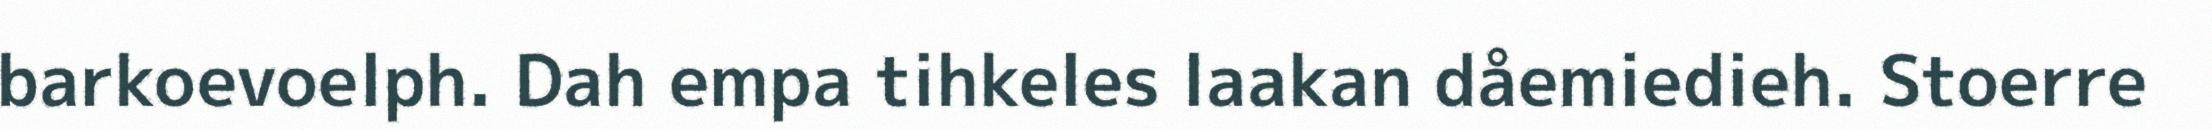
barkoevoelph. Dah empa tihkeles laakan dåemiedieh. Stoerre